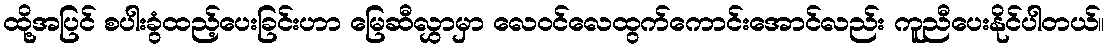
ထို့အပြင် စပါးခွံထည့်ပေးခြင်းဟာ မြေဆီလွှာမှာ လေဝင်လေထွက်ကောင်းအောင်လည်း ကူညီပေးနိုင်ပါတယ်။